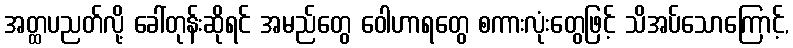
အတ္ထပညတ်လို့ ခေါ်တုန်းဆိုရင် အမည်တွေ ဝေါဟာရတွေ စကားလုံးတွေဖြင့် သိအပ်သောကြောင့်,